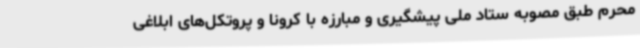
محرم طبق مصوبه ستاد ملی پیشگیری و مبارزه با کرونا و پروتکل‌های ابلاغی